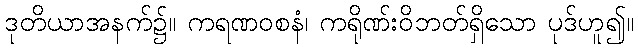
ဒုတိယာအနက်၌။ ကရဏဝစနံ၊ ကရိုဏ်းဝိဘတ်ရှိသော ပုဒ်ဟူ၍။